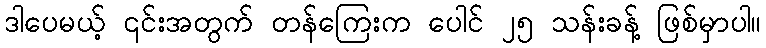
ဒါပေမယ့် ၎င်းအတွက် တန်ကြေးက ပေါင် ၂၅ သန်းခန့် ဖြစ်မှာပါ။